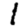
Digit: 1